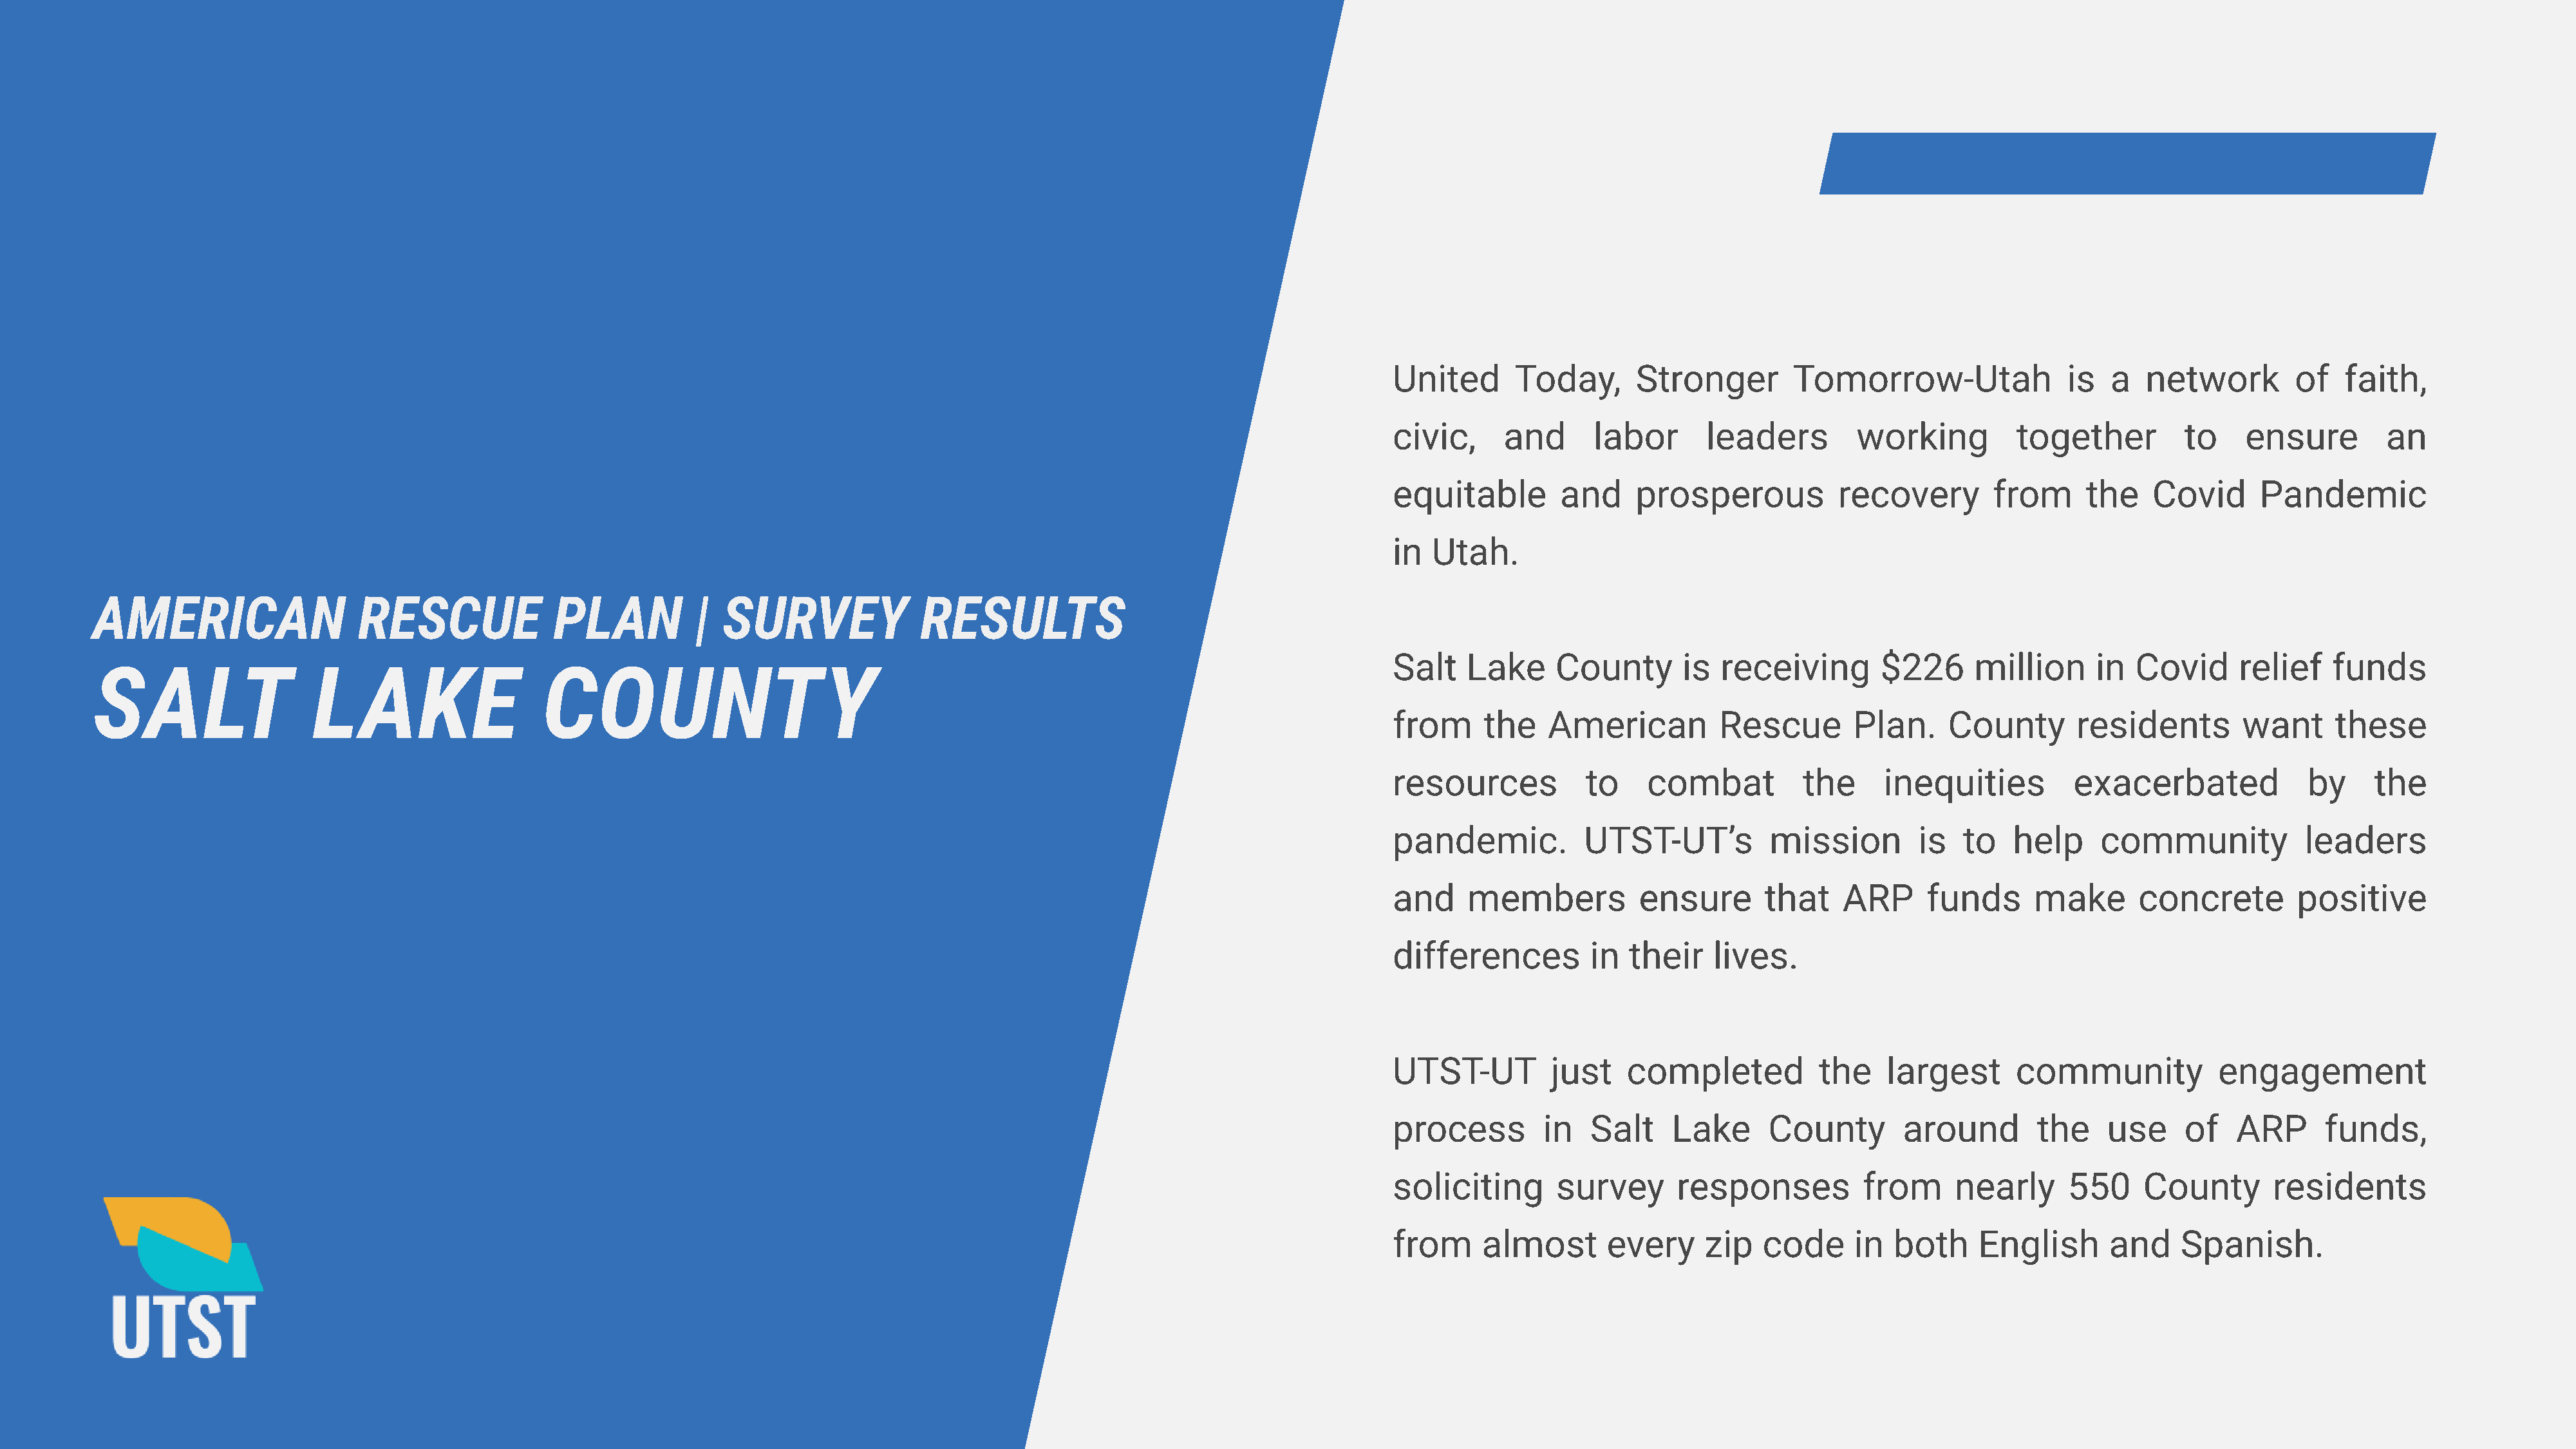
United       Today,      Stronger        Tomorrow-Utah               is   a   network        of   faith,
 civic,      and      labor      leaders         working         together          to    ensure        an
 equitable        and     prosperous           recovery        from     the    Covid      Pandemic
 in  Utah.
 American                   Rescue              Plan          |  Survey               Results
 SALT                  LAKE                    COUNTY                                                                                 Salt    Lake     County       is  receiving       $226      million     in  Covid      relief    funds
 from      the   American          Rescue       Plan.     County       residents        want      these
 resources           to    combat          the      inequities         exacerbated             by     the
 pandemic.           UTST-UT’s          mission        is   to   help     community            leaders
 and     members          ensure       that    ARP      funds      make       concrete        positive
 differences         in  their    lives.
 UTST-UT         just    completed           the    largest      community            engagement
 process         in  Salt     Lake      County        around       the     use     of   ARP      funds,
 soliciting       survey      responses          from      nearly      550    County        residents
 from     almost       every     zip   code      in  both    English       and    Spanish.